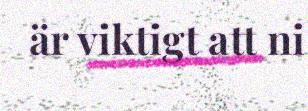
är viktigt att ni